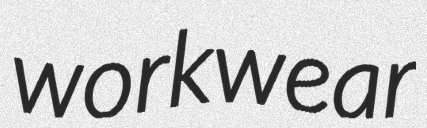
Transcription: workwear